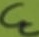
Text: CC